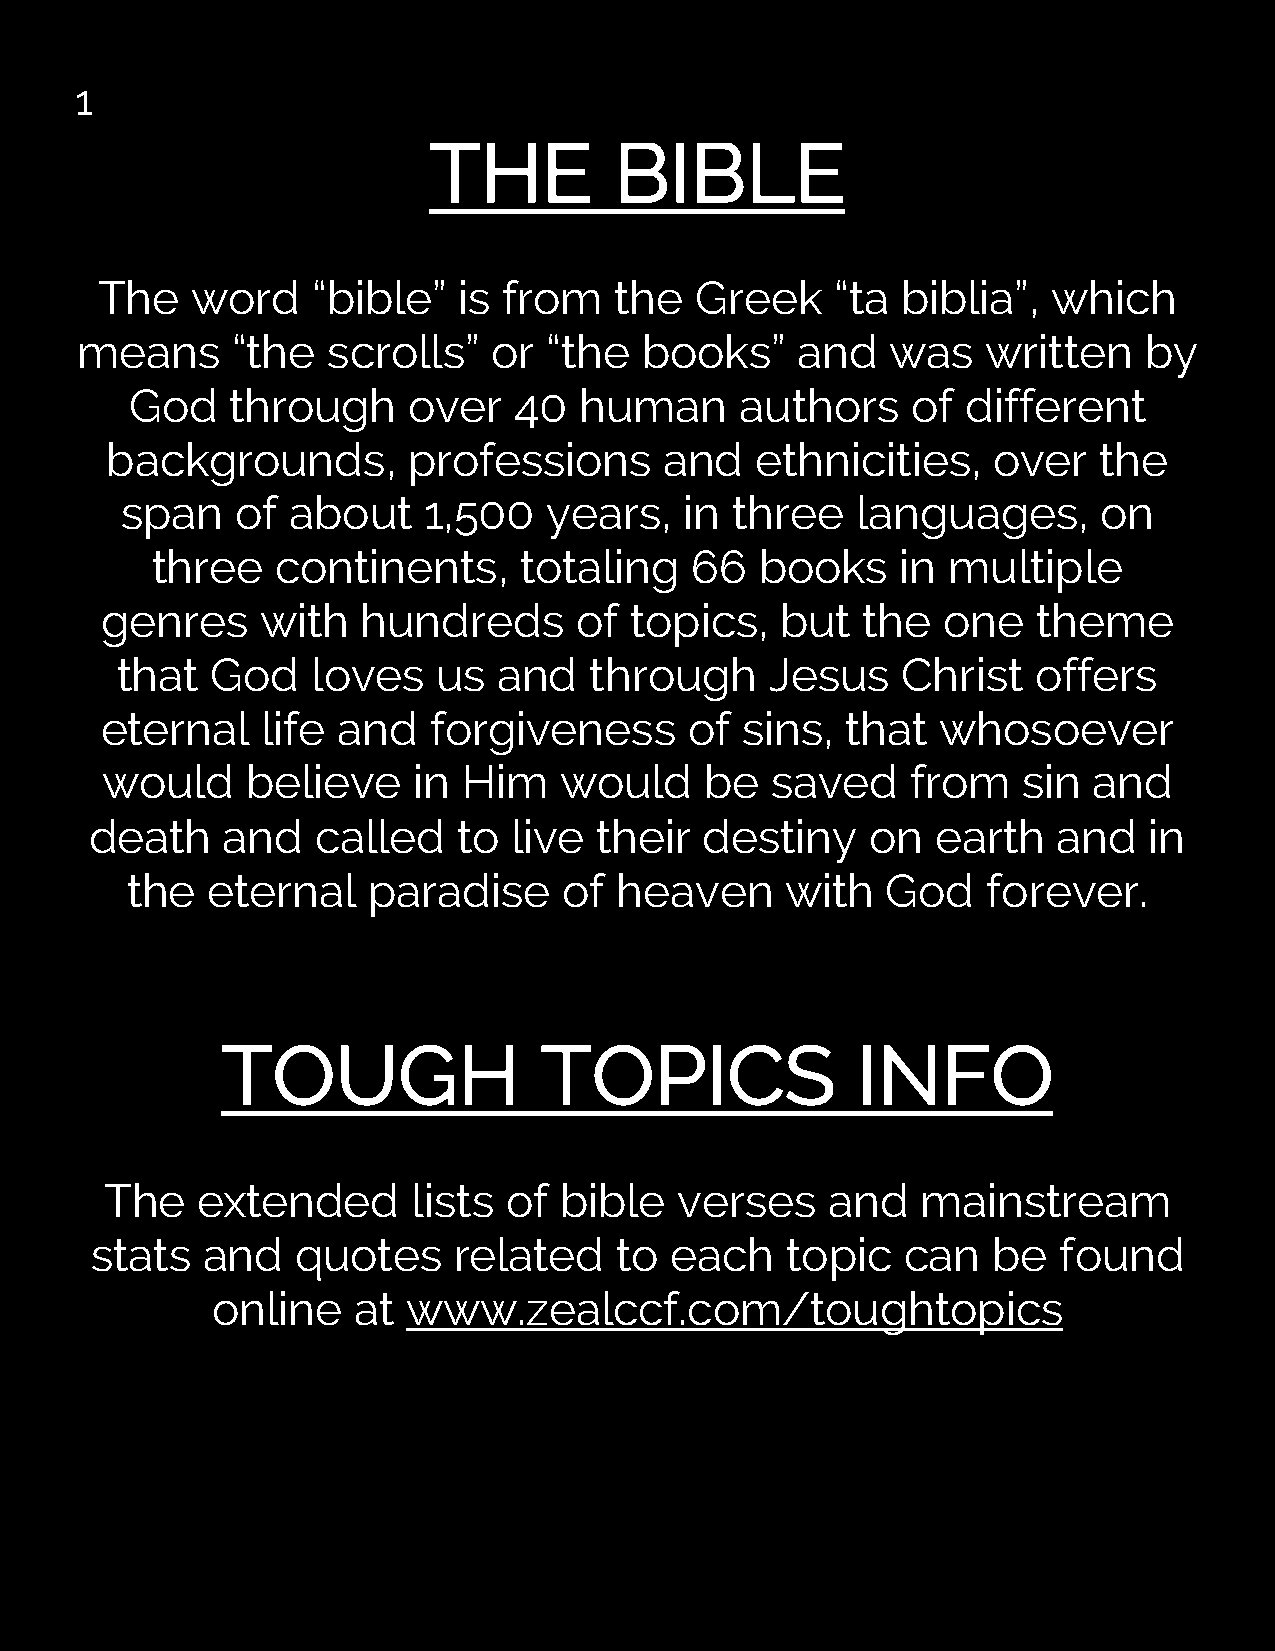
1
 THE          BIBLE
 The    word    “bible”  is from    the  Greek    “ta  biblia”,  which
 means     “the   scrolls”   or “the  books”     and   was   written    by
 God   through     over   40  human      authors    of  different
 backgrounds,        professions      and   ethnicities,    over   the
 span    of about    1,500   years,   in three    languages,      on
 three   continents,     totaling    66  books     in multiple
 genres    with   hundreds      of  topics,   but  the  one    theme
 that  God    loves   us  and   through     Jesus    Christ   offers
 eternal   life and   forgiveness       of sins,  that  whosoever
 would    believe    in  Him   would     be  saved    from    sin and
 death    and   called   to  live  their  destiny    on  earth   and   in
 the   eternal   paradise     of  heaven     with   God   forever.
 TOUGH                TOPICS               INFO
 The   extended      lists of  bible   verses    and   mainstream
 stats  and    quotes    related    to each    topic   can   be  found
 online   at  www.zealccf.com/toughtopics